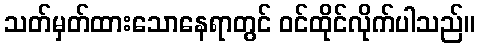
သတ်မှတ်ထားသောနေရာတွင် ဝင်ထိုင်လိုက်ပါသည်။